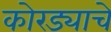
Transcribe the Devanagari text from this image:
कोरड्याचे